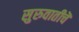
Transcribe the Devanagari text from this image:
सुरुवातीचॆ